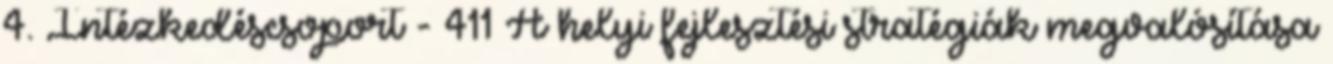
4. Intézkedéscsoport - 411 A helyi fejlesztési stratégiák megvalósítása